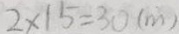
2 \times 1 5 = 3 0 ( m )